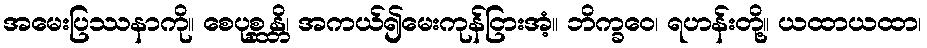
အမေးပြဿနာကို။ စေပုစ္ဆန္တိ၊ အကယ်၍မေးကုန်ငြားအံ့။ ဘိက္ခဝေ၊ ရဟန်းတို့။ ယထာယထာ၊